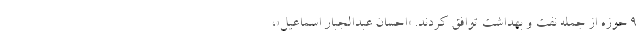
۹ حوزه از جمله نفت و بهداشت توافق کردند. «احسان عبدالجبار اسماعیل»،